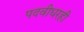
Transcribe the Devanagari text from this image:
पदवीधरही